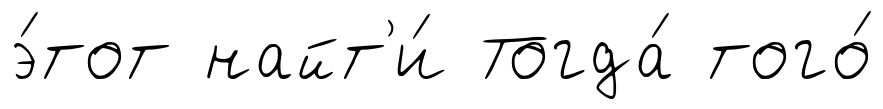
э́тот найт'и́ Тогда́ того́